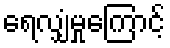
ရေလျှံမှုကြောင့်